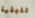
للبقية